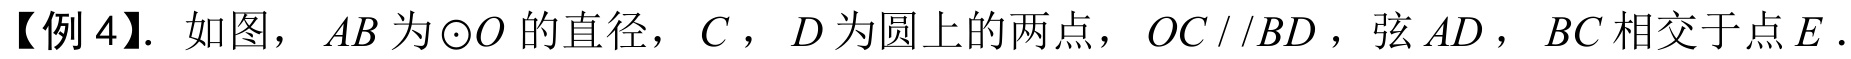
【例 4】. 如图，\(AB\) 为\(\odot O\) 的直径，\(C\)，\(D\) 为圆上的两点，\(OC\parallel BD\)，弦 \(AD\)，\(BC\) 相交于点 \(E\) .